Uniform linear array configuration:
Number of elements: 12
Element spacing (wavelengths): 1
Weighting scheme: binomial
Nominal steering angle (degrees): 30
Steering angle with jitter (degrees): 30.763
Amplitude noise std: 0.05
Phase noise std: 0.05

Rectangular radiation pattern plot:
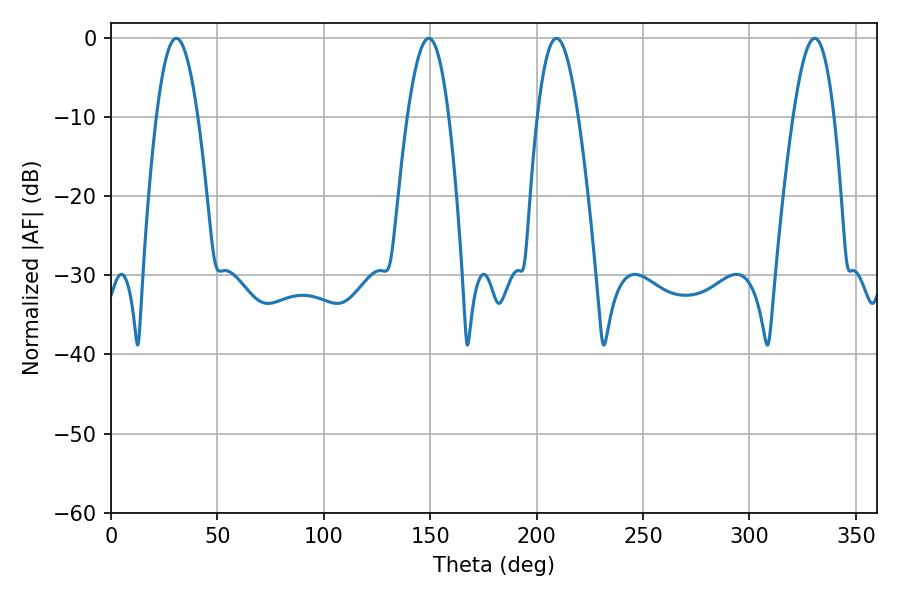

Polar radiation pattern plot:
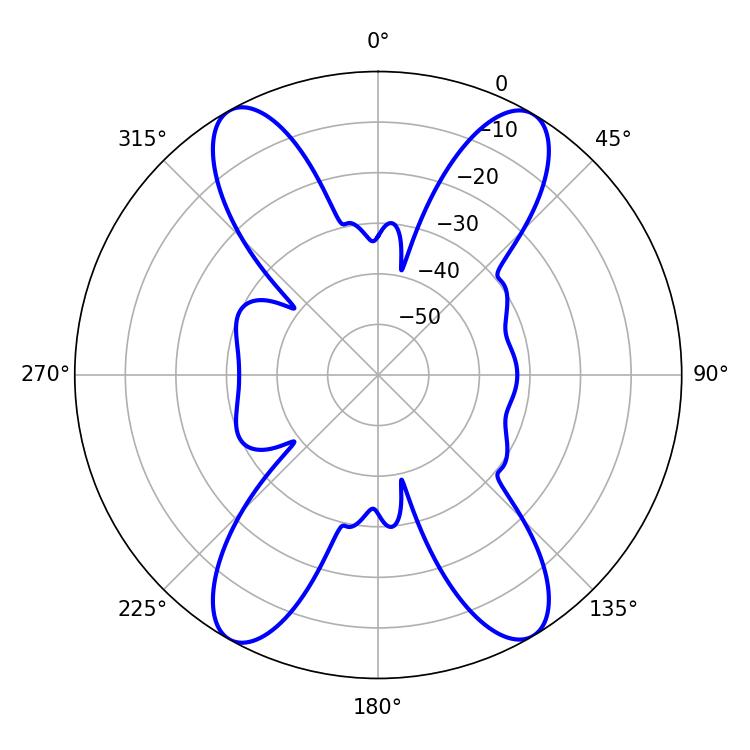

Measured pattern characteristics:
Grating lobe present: TRUE
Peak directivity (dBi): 23.165
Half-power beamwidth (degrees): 10.44
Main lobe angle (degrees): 330.66